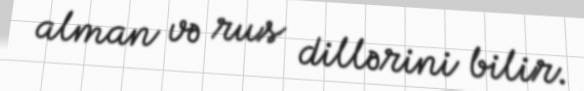
alman və rus dillərini bilir.